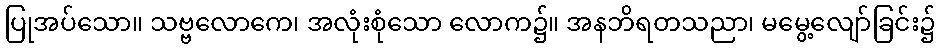
ပြုအပ်သော။ သဗ္ဗလောကေ၊ အလုံးစုံသော လောက၌။ အနဘိရတသညာ၊ မမွေ့လျော်ခြင်း၌